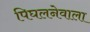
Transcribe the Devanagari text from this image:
पिघलनेवाला